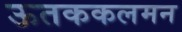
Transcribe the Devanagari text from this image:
ऊतककलमन